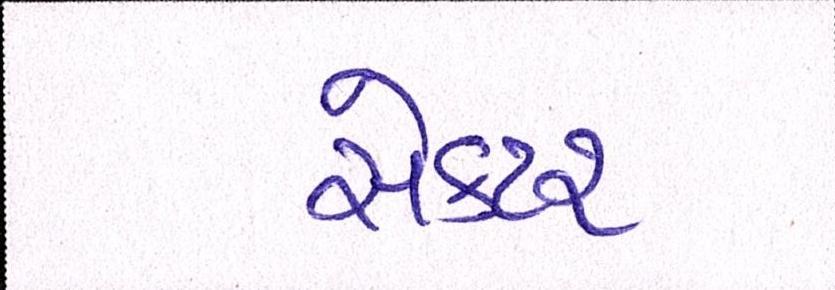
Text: સેકટર